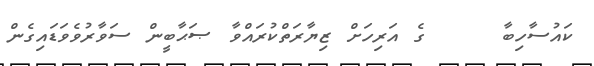
ކައުސާހިބާ     ގެ އަރިހަށް ޒިޔާރަތްކުރައްވާ ޞަޙާބީން ސަވާރުވެވަޑައިގެން